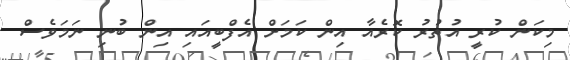
މިކަން ކުރީ އުތުރު ކޮރެއާ އިން ކަމަށް އެފްބީއައި އިން ބުނި ނަމަވެސް